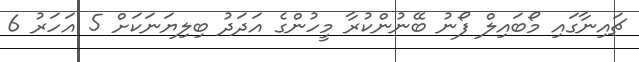
ޗައިނާގައި މޯބައިލް ފޯނު ބޭނުންކުރާ މީހުންގެ އަދަދު ބިލިޔަނަކަށް 5 އަހަރު 6